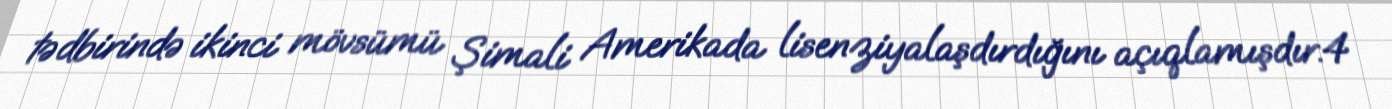
tədbirində ikinci mövsümü Şimali Amerikada lisenziyalaşdırdığını açıqlamışdır.4